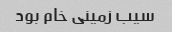
سیب زمینی خام بود